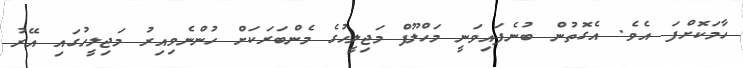
ހާމަކޮށްފަ އެވެ. އެގޮތުން ބުނެފައިވަނީ މަހްލޫފް މަޖިލީހުގެ މެންބަރަކަށް ހުންނެވިއިރު މަޖިލީހުގައި އޭރު